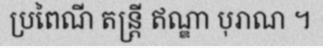
ប្រពៃណី តន្ត្រី ឥណ្ឌា បុរាណ ។